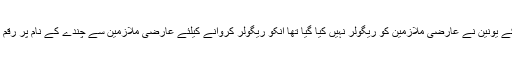
ذرائع کے مطابق 7ماہ قبل واسا اینڈ بی اینڈ آر کے یونین نے عارضی ملازمین کو ریگولر نہیں کیا گیا تھا انکو ریگولر کروانے کیلئے عارضی ملازمین سے چندے کے نام پر رقم اکھٹی کی اور تا حال منظر عام سے غائب ہیں ۔